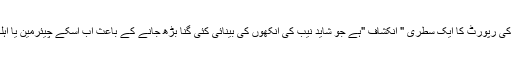
یہ ورلڈ بنک کی دو سال پہلے کی رپورٹ کا ایک سطری " انکشاف "ہے جو شاید نیب کی آنکھوں کی بینائی کئی گنا بڑھ جانے کے باعث اب اسکے چیئرمین یا اہلکاروں کی نظر سے گزرا ہے۔